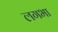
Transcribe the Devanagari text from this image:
लगभा